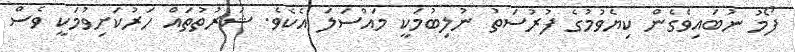
ފޯމު ނުބައިވެގެން ކިޔެވުމުގެ ފުރުސަތު ނުލިބުމަކީ މައްސަލަ އެކެވެ. ޝަރުތުތައް ހަރުކަށިވުމަކީ ވެސް